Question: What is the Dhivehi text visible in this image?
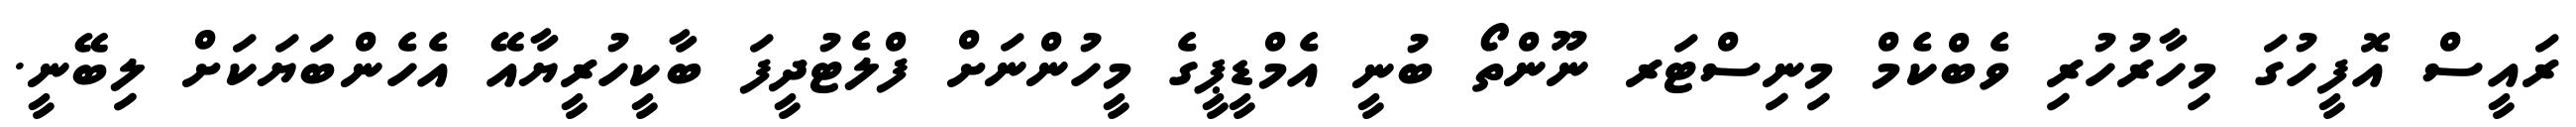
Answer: ރައީސް އޮފީހުގަ މިހާރުހުރި ވެބްކެމް މިނިސްޓަރ ނޫންތޯ ބުނީ އެމްޑީޕީގެ މީހުންނަށް ފްލެޓުދީފަ ބާކީހުރީޔާއޭ އެހެންބަޔަކަށް ލިބޭނީ.